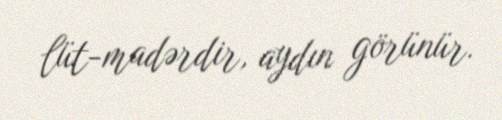
lüt-madərdir, aydın görünür.